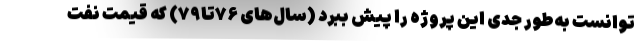
توانست به‌طور جدی این پروژه را پیش ببرد (سال‌های ۷۶تا۷۹) که قیمت نفت